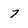
Character: 7